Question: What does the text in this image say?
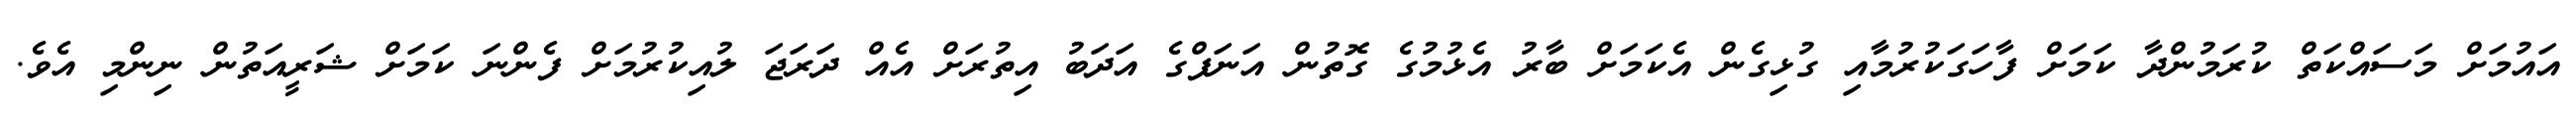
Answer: އައުމަށް މަސައްކަތް ކުރަމުންދާ ކަމަށް ފާހަގަކުރުމާއި ގުޅިގެން އެކަމަށް ބާރު އެޅުމުގެ ގޮތުން އަނަފްގެ އަދަބު އިތުރަށް އެއް ދަރަޖަ ލުއިކުރުމަށް ފެންނަ ކަމަށް ޝަރީއަތުން ނިންމި އެވެ.